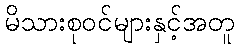
မိသားစုဝင်များနှင့်အတူ